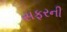
સફરની